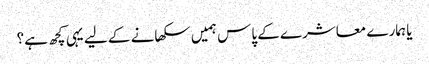
یا ہمارے معاشرے کے پاس ہمیں سکھانے کے لیے یہی کچھ ہے؟